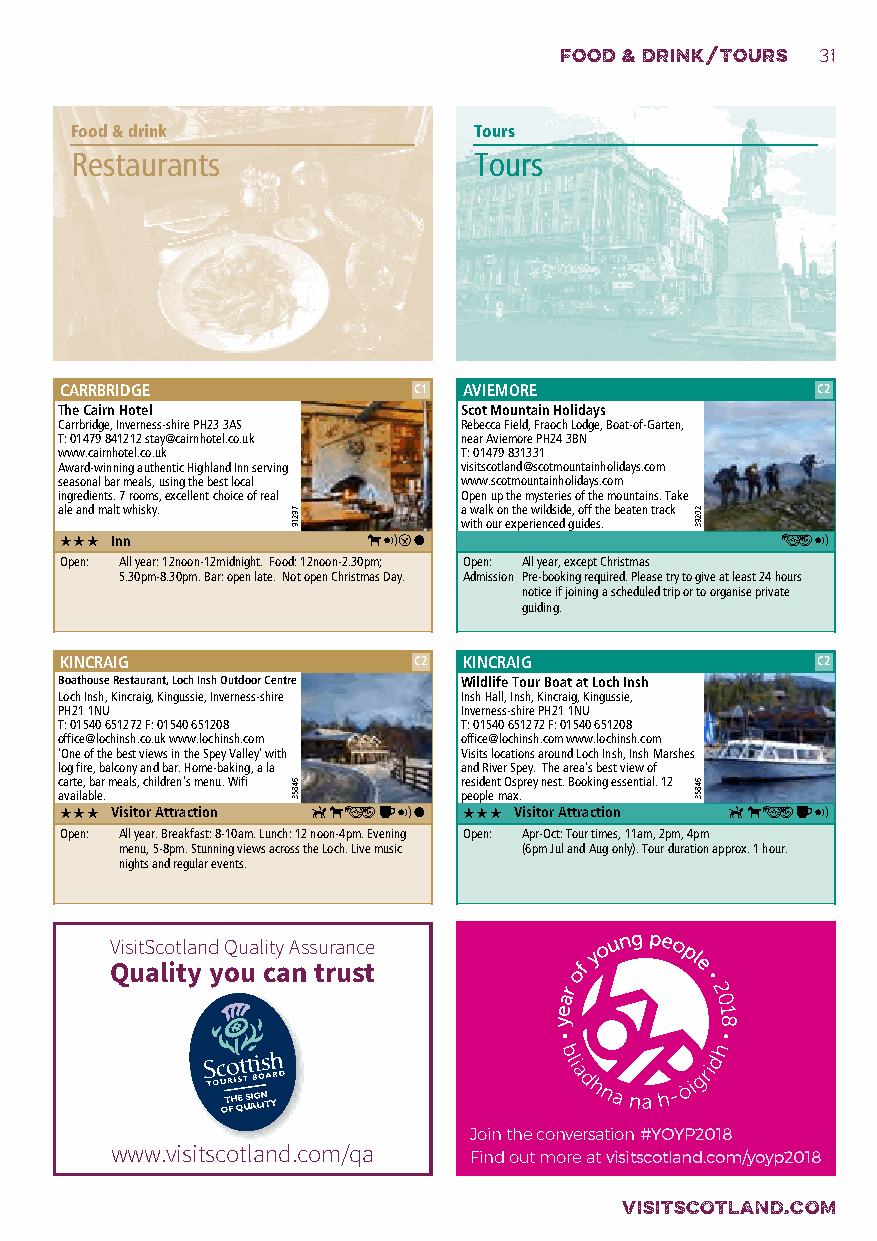
food & drink/tours 31
 Food & drink              Tours
 Restaurants               Tours
 CARRBRIDGE             C1  AVIEMORE               C2
 The Cairn Hotel            Scot Mountain Holidays
 Carrbridge, Inverness-shire PH23 3AS Rebecca Field, Fraoch Lodge, Boat-of-Garten,
 T: 01479 841212 stay@cairnhotel.co.uk near Aviemore PH24 3BN
 www.cairnhotel.co.uk       T: 01479 831331
 Award-winning authentic Highland Inn serving visitscotland@scotmountainholidays.com
 seasonal bar meals, using the best local www.scotmountainholidays.com
 ingredients. 7 rooms, excellent choice of real Open up the mysteries of the mountains. Take
 ale and malt whisky.       a walk on the wildside, off the beaten track
 with our experienced guides.
 ooo Inn             ,∑Ç\                        ƒ∑
 Open: All year: 12noon-12midnight. Food: 12noon-2.30pm; Open: All year, except Christmas
 5.30pm-8.30pm. Bar: open late. Not open Christmas Day. Admission: Pre-booking required. Please try to give at least 24 hours
 notice if joining a scheduled trip or to organise private
 guiding.
 KINCRAIG               C2  KINCRAIG               C2
 Boathouse Restaurant, Loch Insh Outdoor Centre Wildlife Tour Boat at Loch Insh
 Loch Insh, Kincraig, Kingussie, Inverness-shire Insh Hall, Insh, Kincraig, Kingussie,
 PH21 1NU                   Inverness-shire PH21 1NU
 T: 01540 651272 F: 01540 651208 T: 01540 651272 F: 01540 651208
 office@lochinsh.co.uk www.lochinsh.com office@lochinsh.com www.lochinsh.com
 ‘One of the best views in the Spey Valley’ with Visits locations around Loch Insh, Insh Marshes
 log fire, balcony and bar. Home-baking, a la and River Spey. The area’s best view of
 carte, bar meals, children’s menu. Wifi resident Osprey nest. Booking essential. 12
 available.                 people max.
 ooo Visitor Attraction E,ƒk∑\ ooo Visitor Attraction E,ƒk∑
 Open: All year. Breakfast: 8-10am. Lunch: 12 noon-4pm. Evening Open: Apr-Oct: Tour times, 11am, 2pm, 4pm
 menu, 5-8pm. Stunning views across the Loch. Live music (6pm Jul and Aug only). Tour duration approx. 1 hour.
 nights and regular events.
 VisitScotland Quality Assurance
 Quality you can trust
 OT FH QE U S AIG LN IT Y
 Join the conversation #YOYP2018
 www.visitscotland.com/qa
 Find out more at visitscotland.com/yoyp2018
 VISITSCOTLAND.COM
 79219
 64853
 20293
 64853